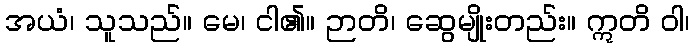
အယံ၊ သူသည်။ မေ၊ ငါ၏။ ဉာတိ၊ ဆွေမျိုးတည်း။ ဣတိ ဝါ၊